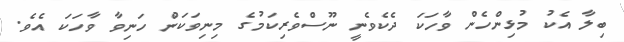
ބިލާ އެކު މުޅިންހެން ވާހަކަ ދެކެވެނީ ނޫސްވެރިކަމުގެ މިނިވަކަން ހަނިވާ ވާހަކަ އެވެ.